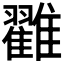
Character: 𩁙